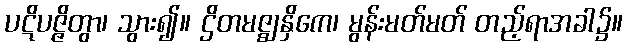
ပဋိပဇ္ဇိတွာ၊ သွား၍။ ဌိတမဇ္ဈနှိကေ၊ မွန်းမတ်မတ် တည့်ရာအခါ၌။